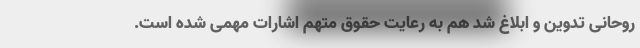
روحانی تدوین و ابلاغ شد هم به رعایت حقوق متهم اشارات مهمی شده است.